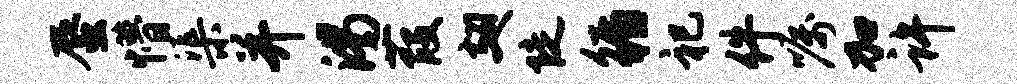
蜃懵渠并渴葭翅陡循祀件嘱加许